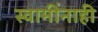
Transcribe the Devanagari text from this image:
स्वामींनाही